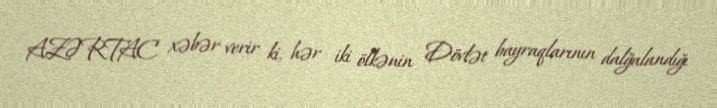
AZƏRTAC xəbər verir ki, hər iki ölkənin Dövlət bayraqlarının dalğalandığı